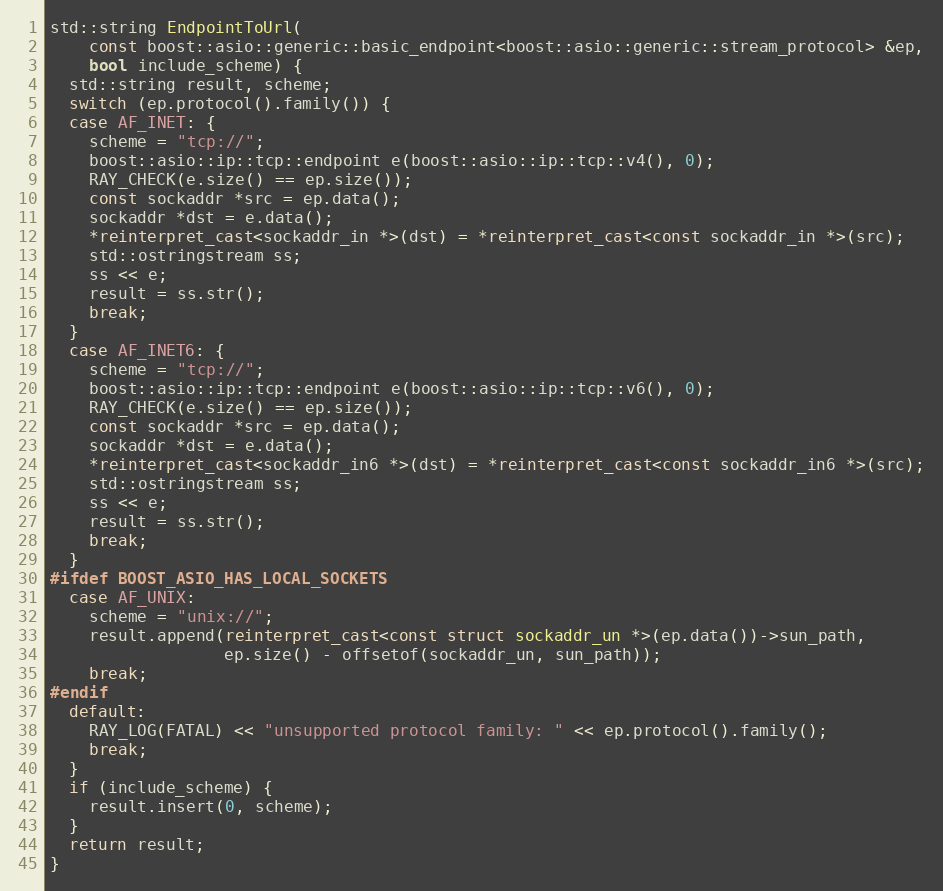
Language: C++
std::string EndpointToUrl(
    const boost::asio::generic::basic_endpoint<boost::asio::generic::stream_protocol> &ep,
    bool include_scheme) {
  std::string result, scheme;
  switch (ep.protocol().family()) {
  case AF_INET: {
    scheme = "tcp://";
    boost::asio::ip::tcp::endpoint e(boost::asio::ip::tcp::v4(), 0);
    RAY_CHECK(e.size() == ep.size());
    const sockaddr *src = ep.data();
    sockaddr *dst = e.data();
    *reinterpret_cast<sockaddr_in *>(dst) = *reinterpret_cast<const sockaddr_in *>(src);
    std::ostringstream ss;
    ss << e;
    result = ss.str();
    break;
  }
  case AF_INET6: {
    scheme = "tcp://";
    boost::asio::ip::tcp::endpoint e(boost::asio::ip::tcp::v6(), 0);
    RAY_CHECK(e.size() == ep.size());
    const sockaddr *src = ep.data();
    sockaddr *dst = e.data();
    *reinterpret_cast<sockaddr_in6 *>(dst) = *reinterpret_cast<const sockaddr_in6 *>(src);
    std::ostringstream ss;
    ss << e;
    result = ss.str();
    break;
  }
#ifdef BOOST_ASIO_HAS_LOCAL_SOCKETS
  case AF_UNIX:
    scheme = "unix://";
    result.append(reinterpret_cast<const struct sockaddr_un *>(ep.data())->sun_path,
                  ep.size() - offsetof(sockaddr_un, sun_path));
    break;
#endif
  default:
    RAY_LOG(FATAL) << "unsupported protocol family: " << ep.protocol().family();
    break;
  }
  if (include_scheme) {
    result.insert(0, scheme);
  }
  return result;
}